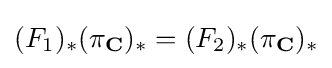
(F_{1})_{*}(\pi _{\mathbf {C} })_{*}=(F_{2})_{*}(\pi _{\mathbf {C} })_{*}